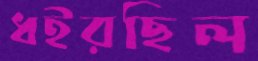
ধইরছিল